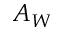
A _ { W }